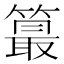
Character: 𥳣